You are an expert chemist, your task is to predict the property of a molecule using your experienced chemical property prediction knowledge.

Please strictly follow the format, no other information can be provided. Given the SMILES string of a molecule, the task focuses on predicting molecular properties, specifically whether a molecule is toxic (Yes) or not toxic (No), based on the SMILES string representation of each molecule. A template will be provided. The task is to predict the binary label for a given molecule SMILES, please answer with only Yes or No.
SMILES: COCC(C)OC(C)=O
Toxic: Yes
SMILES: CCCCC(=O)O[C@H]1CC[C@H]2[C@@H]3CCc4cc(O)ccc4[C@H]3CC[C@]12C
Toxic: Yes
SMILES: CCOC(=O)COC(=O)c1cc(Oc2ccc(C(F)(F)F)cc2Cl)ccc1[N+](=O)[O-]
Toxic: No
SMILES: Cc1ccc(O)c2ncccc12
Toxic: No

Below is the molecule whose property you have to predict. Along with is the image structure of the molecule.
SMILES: Nc1ccncc1N
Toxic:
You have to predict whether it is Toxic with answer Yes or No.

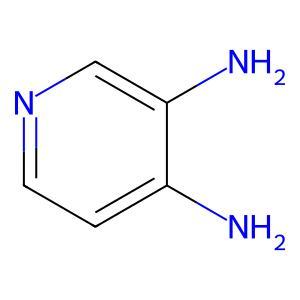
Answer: No